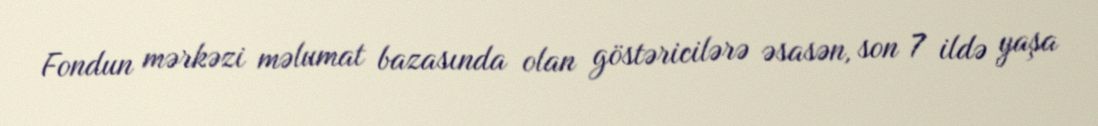
Fondun mərkəzi məlumat bazasında olan göstəricilərə əsasən, son 7 ildə yaşa